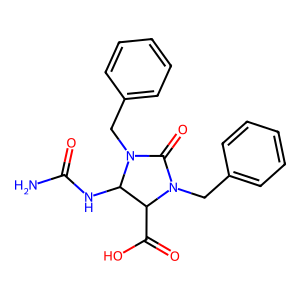
SMILES: NC(=O)NC1C(C(=O)O)N(Cc2ccccc2)C(=O)N1Cc1ccccc1
Inhibits HIV replication: No